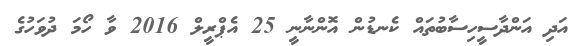
އަދި އަންދާސީހިސާބުތައް ކެނޑުން އޮންނާނީ 25 އެޕްރީލް 2016 ވާ ހޯމަ ދުވަހުގެ